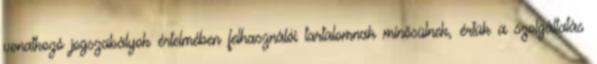
vonatkozó jogszabályok értelmében felhasználói tartalomnak minősülnek, értük a szolgáltatás